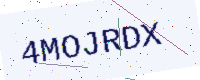
Text: 4MOJRDX